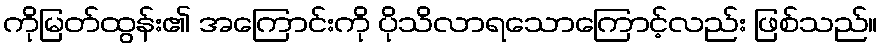
ကိုမြတ်ထွန်း၏ အကြောင်းကို ပိုသိလာရသောကြောင့်လည်း ဖြစ်သည်။